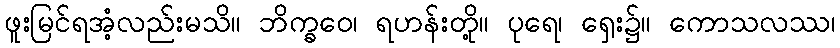
ဖူးမြင်ရအံ့လည်းမသိ။ ဘိက္ခဝေ၊ ရဟန်းတို့။ ပုရေ၊ ရှေး၌။ ကောသလဿ၊